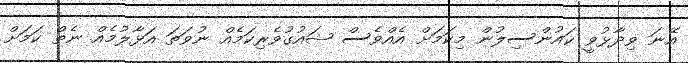
އޭނަ ވިދާޅުވީ ކައުންސިލުން މިކަމަށް އެއްވެސް ޝައުގުވެރިކަމެއް ނުވަތަ އަޅާލުމެއް ނެތް ކަމަށް